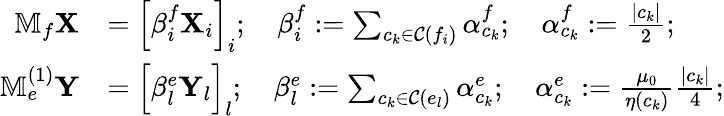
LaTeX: \begin{array}{rl}{\mathbb{M}_{f}\mathbf{X}}&{=\left[\beta_{i}^{f}\mathbf{X}_{i}\right]_{i};\quad\beta_{i}^{f}:=\sum_{c_{k}\in\mathcal{C}(f_{i})}\alpha_{c_{k}}^{f};\quad\alpha_{c_{k}}^{f}:=\frac{|c_{k}|}{2};}\\ {\mathbb{M}_{e}^{(1)}\mathbf{Y}}&{={\Big[}\beta_{l}^{e}\mathbf{Y}_{l}{\Big]}_{l};\quad\beta_{l}^{e}:=\sum_{c_{k}\in\mathcal{C}(e_{l})}\alpha_{c_{k}}^{e};\quad\alpha_{c_{k}}^{e}:=\frac{\mu_{0}}{\eta(c_{k})}\frac{|c_{k}|}{4};}\end{array}